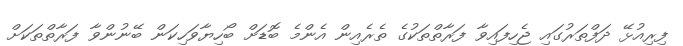
ފިރިއުޅޭ ދަފްތަރުގައި ޖެހިފައިވާ ފަރާތްތަކުގެ ތެރެއިން އެންމެ ބޮޑަށް ބޯހިޔާވަހިކަން ބޭނުންވާ ފަރާތްތަކަށް